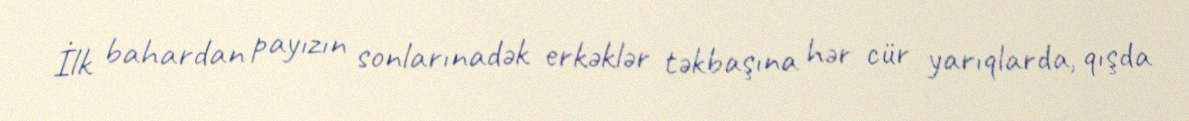
İlk bahardan payızın sonlarınadək erkəklər təkbaşına hər cür yarıqlarda, qışda